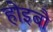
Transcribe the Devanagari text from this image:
होइबौ